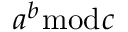
a ^ { b } { \bmod { c } }